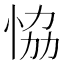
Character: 恊